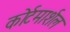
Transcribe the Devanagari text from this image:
कोर्टमार्शल